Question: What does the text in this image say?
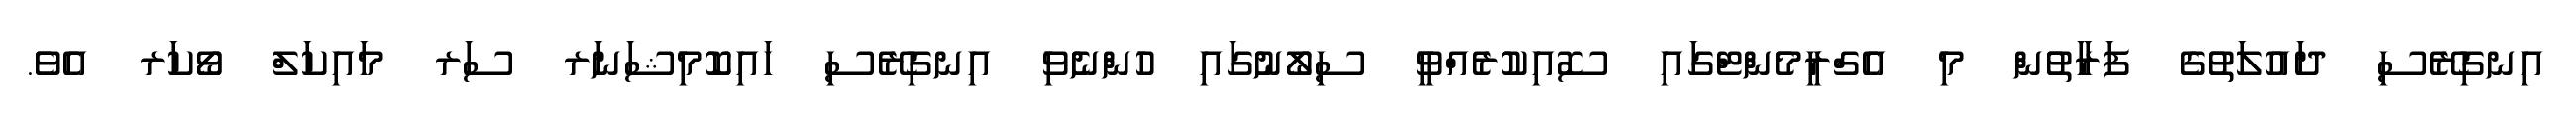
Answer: އިނގިރޭސި ދައުލަތުގެ ފަރާތުން މި އެގްރީމެންޓްގައި ސޮއިކުރެއްވީ ސިލޯނުގައި ހުންނެވި އިނގިރޭސި ހައިކޮމިޝަނަރ ސަރ މައިކަލް ވޯކަރ އެވެ.